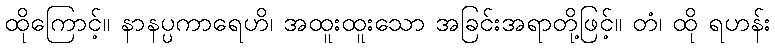
ထိုကြောင့်။ နာနပ္ပကာရေဟိ၊ အထူးထူးသော အခြင်းအရာတို့ဖြင့်။ တံ၊ ထို ရဟန်း